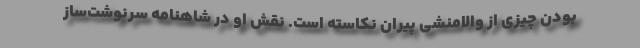
بودن چیزی از والامنشی پیران نکاسته است. نقش او در شاهنامه سرنوشت‌ساز